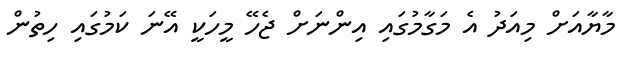
މާޔާއަށް މިއަދު އެ މަގާމުގައި އިންނަށް ޖެހޭ މީހަކީ އޭނަ ކަމުގައި ހިތުން